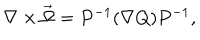
\nabla \times \vec { \Omega } = P ^ { - 1 } ( \nabla Q ) P ^ { - 1 } ,